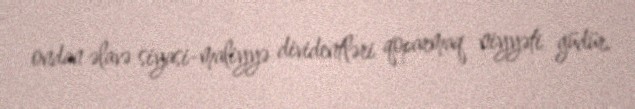
ondan əlavə siyasi-maliyyə dividentləri qoparmaq niyyəti güdür.